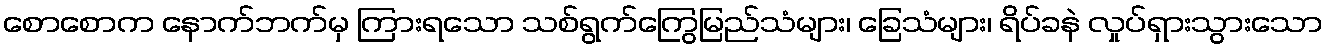
စောစောက နောက်ဘက်မှ ကြားရသော သစ်ရွက်ကြွေမြည်သံများ၊ ခြေသံများ၊ ရိပ်ခနဲ လှုပ်ရှားသွားသော